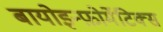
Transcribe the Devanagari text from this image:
बायोइन्फ़ोर्मेटिक्स